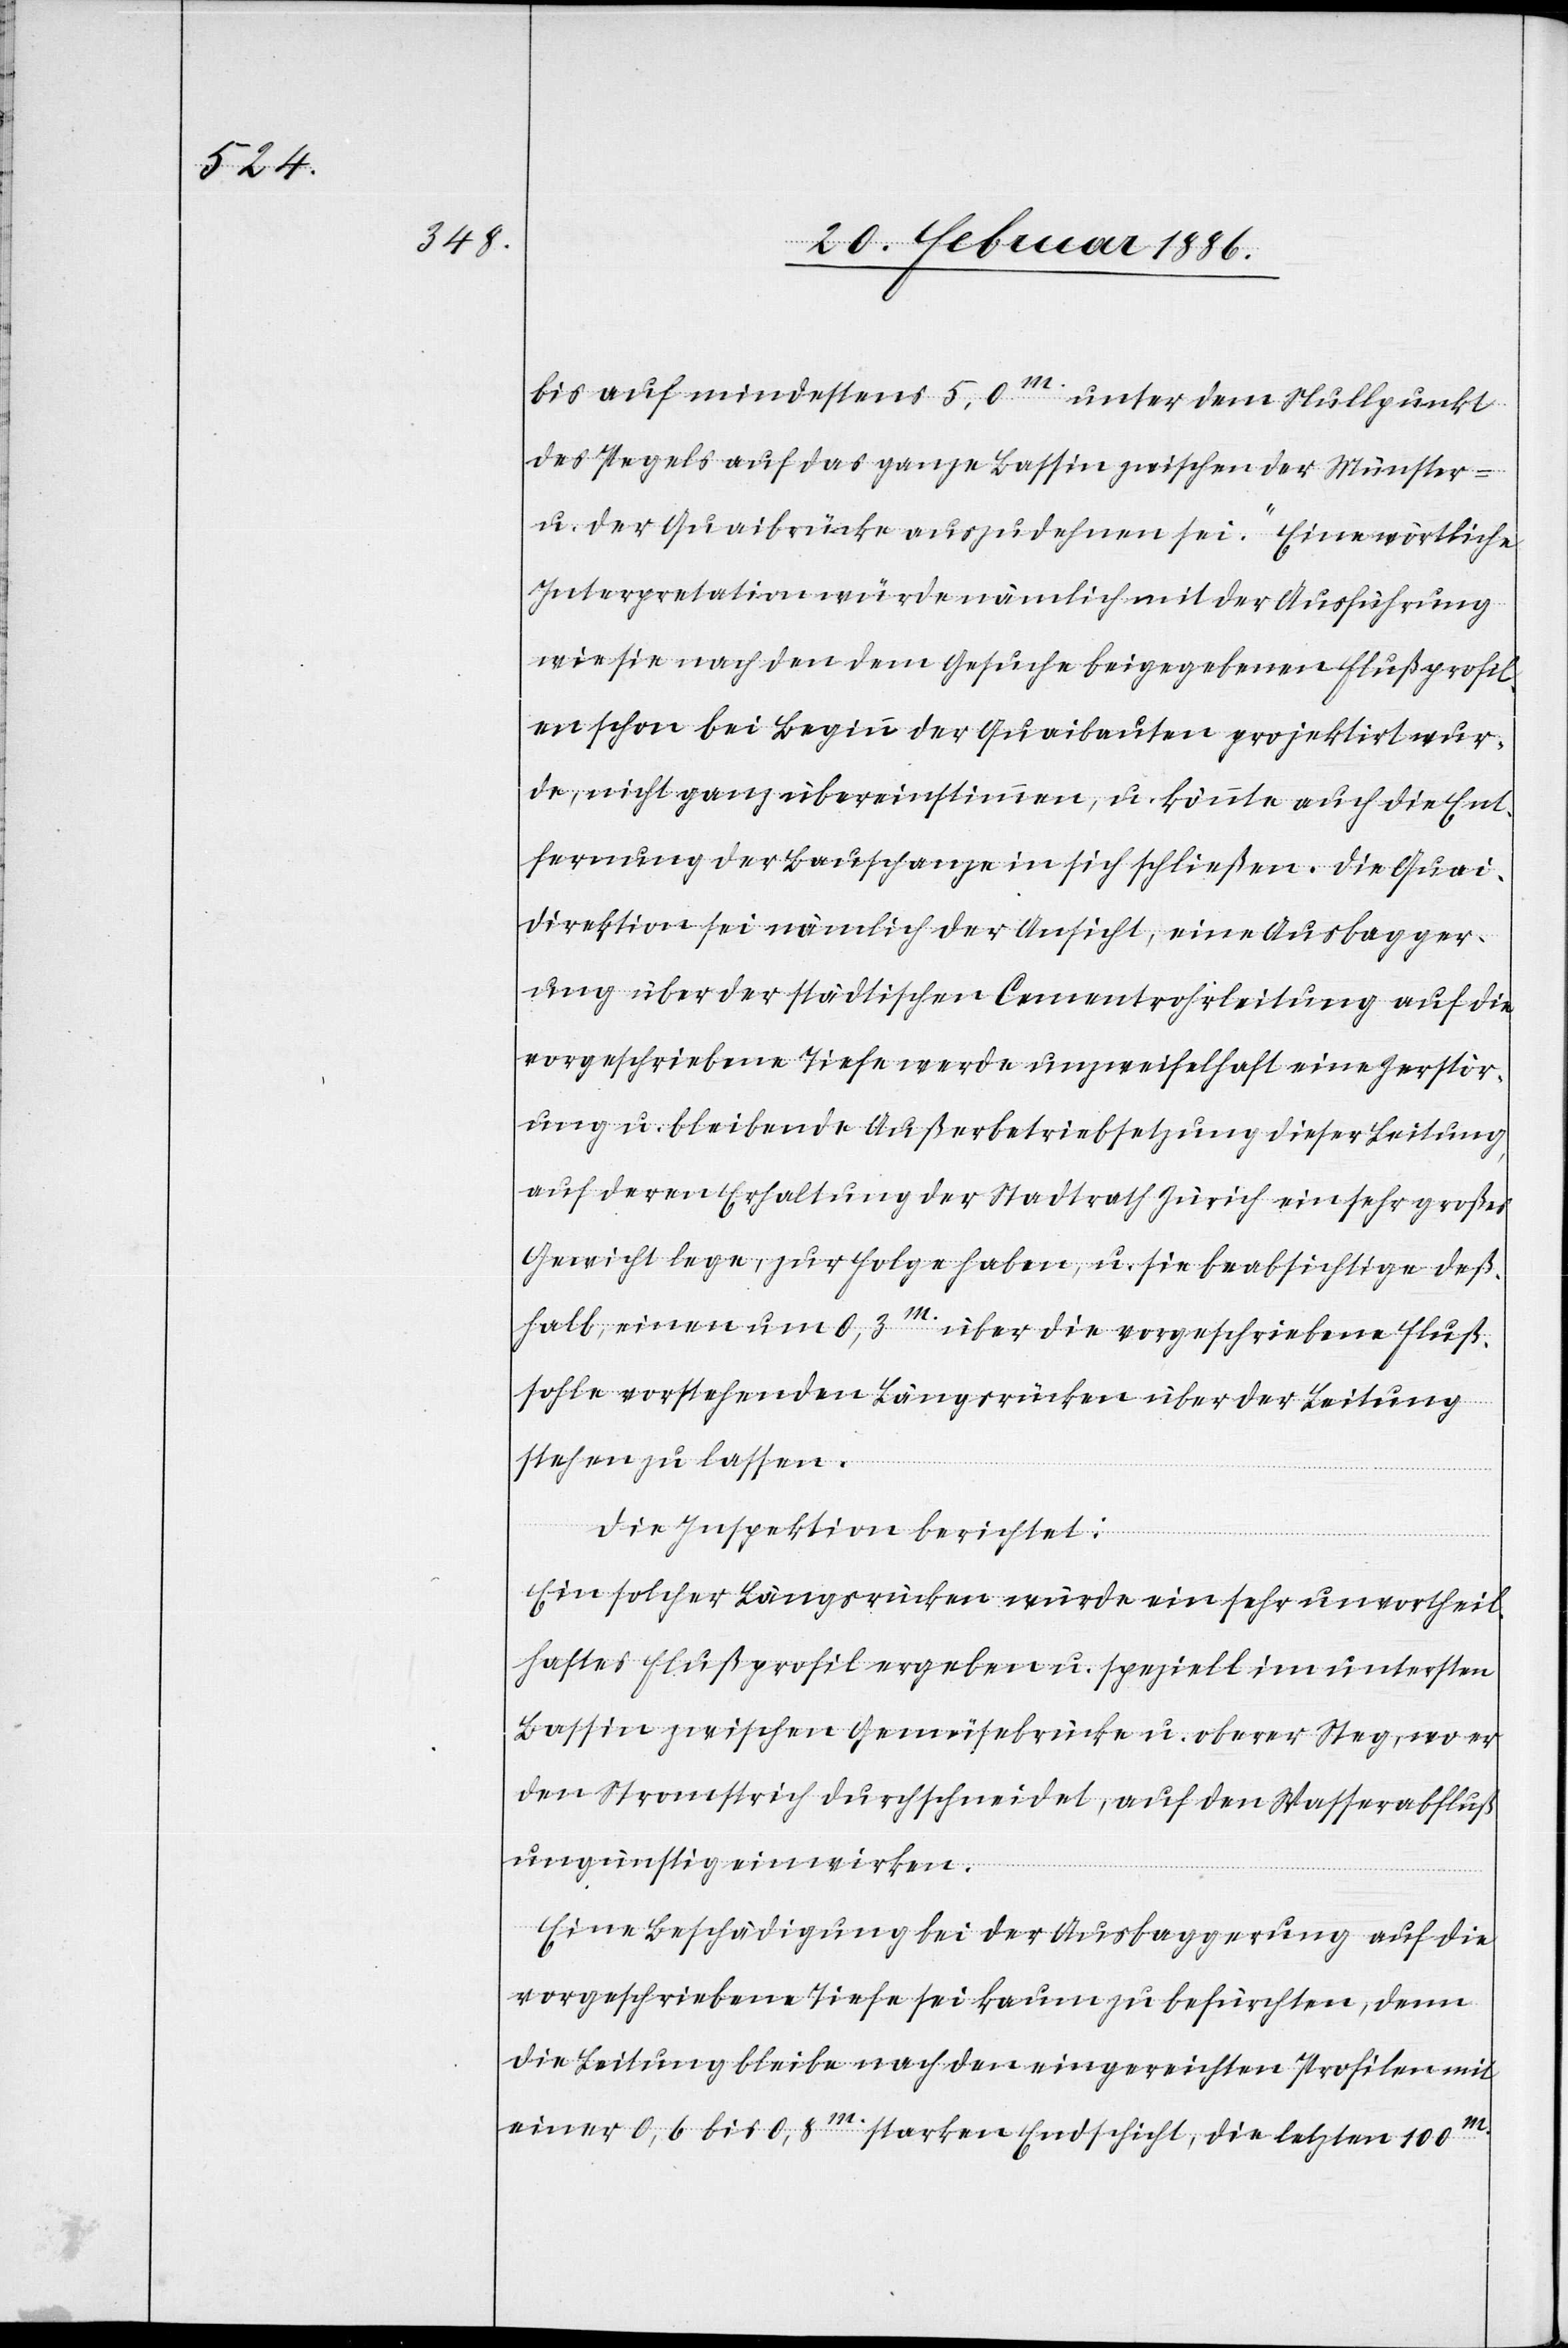
bis auf mindestens 5,0m. unter den Nullpunkt
des Pegels auf das ganze Bassin zwischen der Münster-
u. der Quaibrücke auszudehnen sei.“ Eine wörtliche
Interpretation würde nämlich mit der Ausführung
wie sie nach dem Gesuche beigegebenen Flußprofil¬
en schon bei Beginn der Quaibauten projektirt wur¬
de, nicht ganz übereinstimmen, u. könnte auch die Ent¬
fernung der Bauschanze in sich schließen. Die Quai¬
direktion sei nämlich der Ansicht, eine Ausbagger¬
ung über der städtischen Cementrohrleitung auf die
vorgeschriebene Tiefe werde unzweifelhaft eine Zerstör¬
ung u. bleibende Außerbetriebsetzung dieser Leitung,
auf deren Erhaltung der Stadtrath Zürich ein sehr großes
Gewicht lege, zur Folge haben, u. sich beabsichtige deß¬
halb, eine um 0,3m. über die vorgeschriebene Fuß¬
sohle vorstehenden Längsrücken über der Leitung
stehen zu lassen.
Die Inspektion berichtet:
Ein solcher Längsrücken würde ein sehr unvortheil¬
haftes Flußprofil ergeben u. speziell im untersten
Bassin zwischen Gemüsebrücke u. oberer Steg, wo er
den Stromstrich durschneidet, auf den Wasserabfluß
ungünstig einwirken.
Eine Beschädigung bei der Ausbaggerung auf die
vorgeschrieben Tiefe sei kaum zu befürchten, denn
die Leitung bleibe nach den eingereichten Profilen mit
einer 0,6 bis 0,8m. starken Endschicht, die letzten 100m.